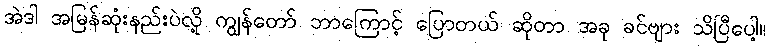
အဲဒါ အမြန်ဆုံးနည်းပဲလို့ ကျွန်တော် ဘာကြောင့် ပြောတယ် ဆိုတာ အခု ခင်ဗျား သိပြီပေါ့။